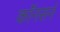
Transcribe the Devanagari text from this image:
कॉनसर्न